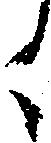
々